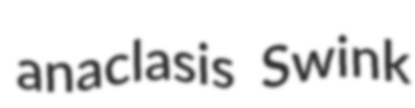
anaclasis Swink